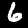
Digit: 6